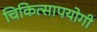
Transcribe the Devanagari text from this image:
चिकित्सापयोगी